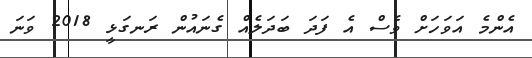
އެންމެ އަވަހަށް ވެސް އެ ފަދަ ބަދަލެއް ގެނައުން ރަނގަޅީ 2018 ވަނަ